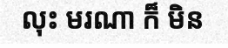
លុះ មរណា ក៏ មិន